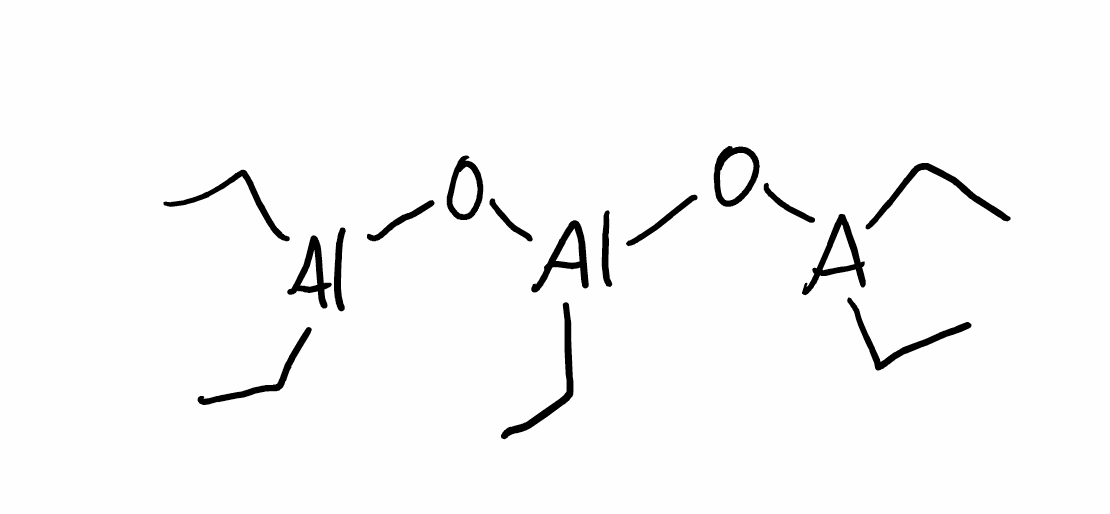
Simplified molecular-input line-entry system (SMILES) notation of the given molecule:
CC[Al](CC)O[Al](CC)O[Al](CC)CC